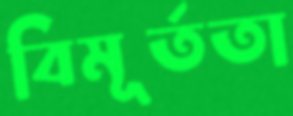
বিমূর্ততা